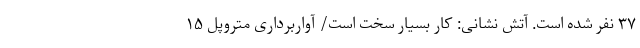
۳۷ نفر شده است. آتش نشانی: کار بسیار سخت است/ آواربرداری متروپل ۱۵